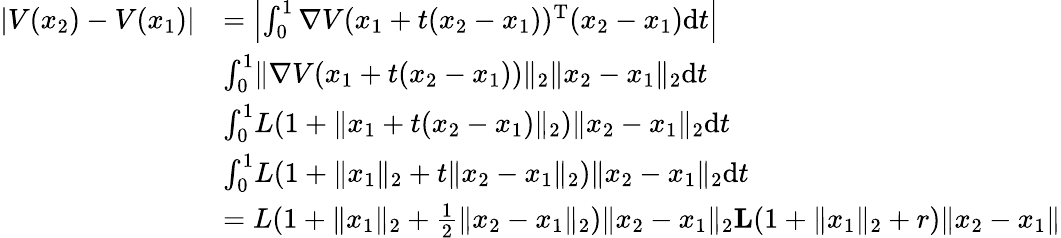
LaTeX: \begin{array}{rl}{|V(x_{2})-V(x_{1})|}&{=\left|\int_{0}^{1}\nabla V(x_{1}+t(x_{2}-x_{1}))^{\mathrm{T}}(x_{2}-x_{1})\mathrm{d}t\right|}\\ &{\le\int_{0}^{1}\| \nabla V(x_{1}+t(x_{2}-x_{1}))\| _{2}\| x_{2}-x_{1}\| _{2}\mathrm{d}t}\\ &{\le\int_{0}^{1}L(1+\| x_{1}+t(x_{2}-x_{1})\| _{2})\| x_{2}-x_{1}\| _{2}\mathrm{d}t}\\ &{\le\int_{0}^{1}L(1+\| x_{1}\| _{2}+t\| x_{2}-x_{1}\| _{2})\| x_{2}-x_{1}\| _{2}\mathrm{d}t}\\ &{=L(1+\| x_{1}\| _{2}+\frac 12\| x_{2}-x_{1}\| _{2})\| x_{2}-x_{1}\| _{2}\le L(1+\| x_{1}\| _{2}+r)\| x_{2}-x_{1}\| }\end{array}